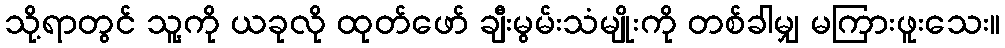
သို့ရာတွင် သူ့ကို ယခုလို ထုတ်ဖော် ချီးမွမ်းသံမျိုးကို တစ်ခါမျှ မကြားဖူးသေး။